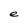
Character: e